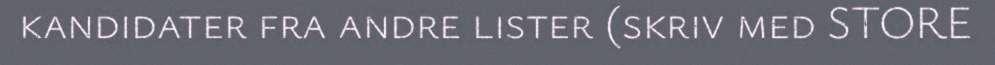
kandidater fra andre lister (skriv med STORE